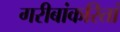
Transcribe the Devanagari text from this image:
गरीबांकरितां